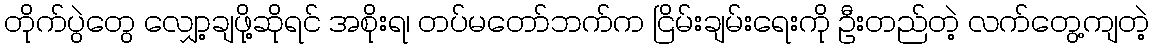
တိုက်ပွဲတွေ လျှော့ချဖို့ဆိုရင် အစိုးရ၊ တပ်မတော်ဘက်က ငြိမ်းချမ်းရေးကို ဦးတည်တဲ့ လက်တွေ့ကျတဲ့